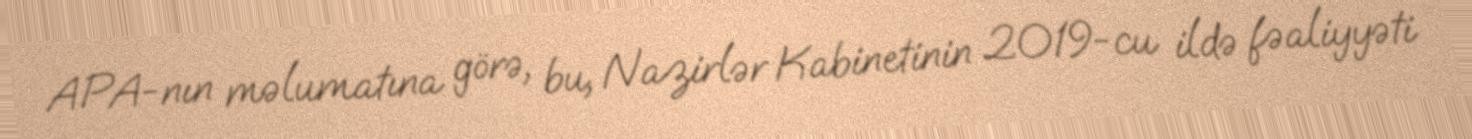
APA-nın məlumatına görə, bu, Nazirlər Kabinetinin 2019-cu ildə fəaliyyəti